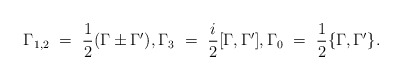
\begin{align*}\Gamma_{1,2}~=~\frac{1}{2}(\Gamma \pm\Gamma'),\Gamma_3~=~\frac{i}{2}[\Gamma,\Gamma'],\Gamma_0~=~\frac{1}{2}\{\Gamma,\Gamma'\}.\end{align*}